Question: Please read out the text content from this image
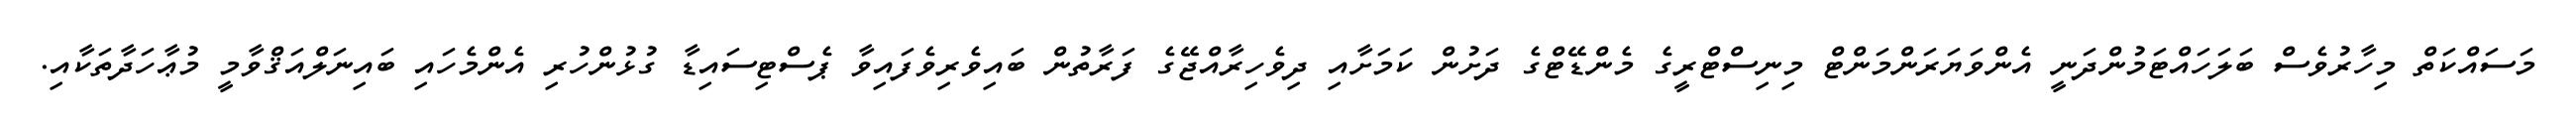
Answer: މަސައްކަތް މިހާރުވެސް ބަލަހައްޓަމުންދަނީ އެންވަޔަރަންމަންޓް މިނިސްޓްރީގެ މެންޑޭޓްގެ ދަށުން ކަމަށާއި ދިވެހިރާއްޖޭގެ ފަރާތުން ބައިވެރިވެފައިވާ ޕެސްޓިސައިޑާ ގުޅުންހުރި އެންމެހައި ބައިނަލްއަޤްވާމީ މުޢާހަދާތަކާއި.